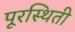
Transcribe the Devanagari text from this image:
पूरस्थिती